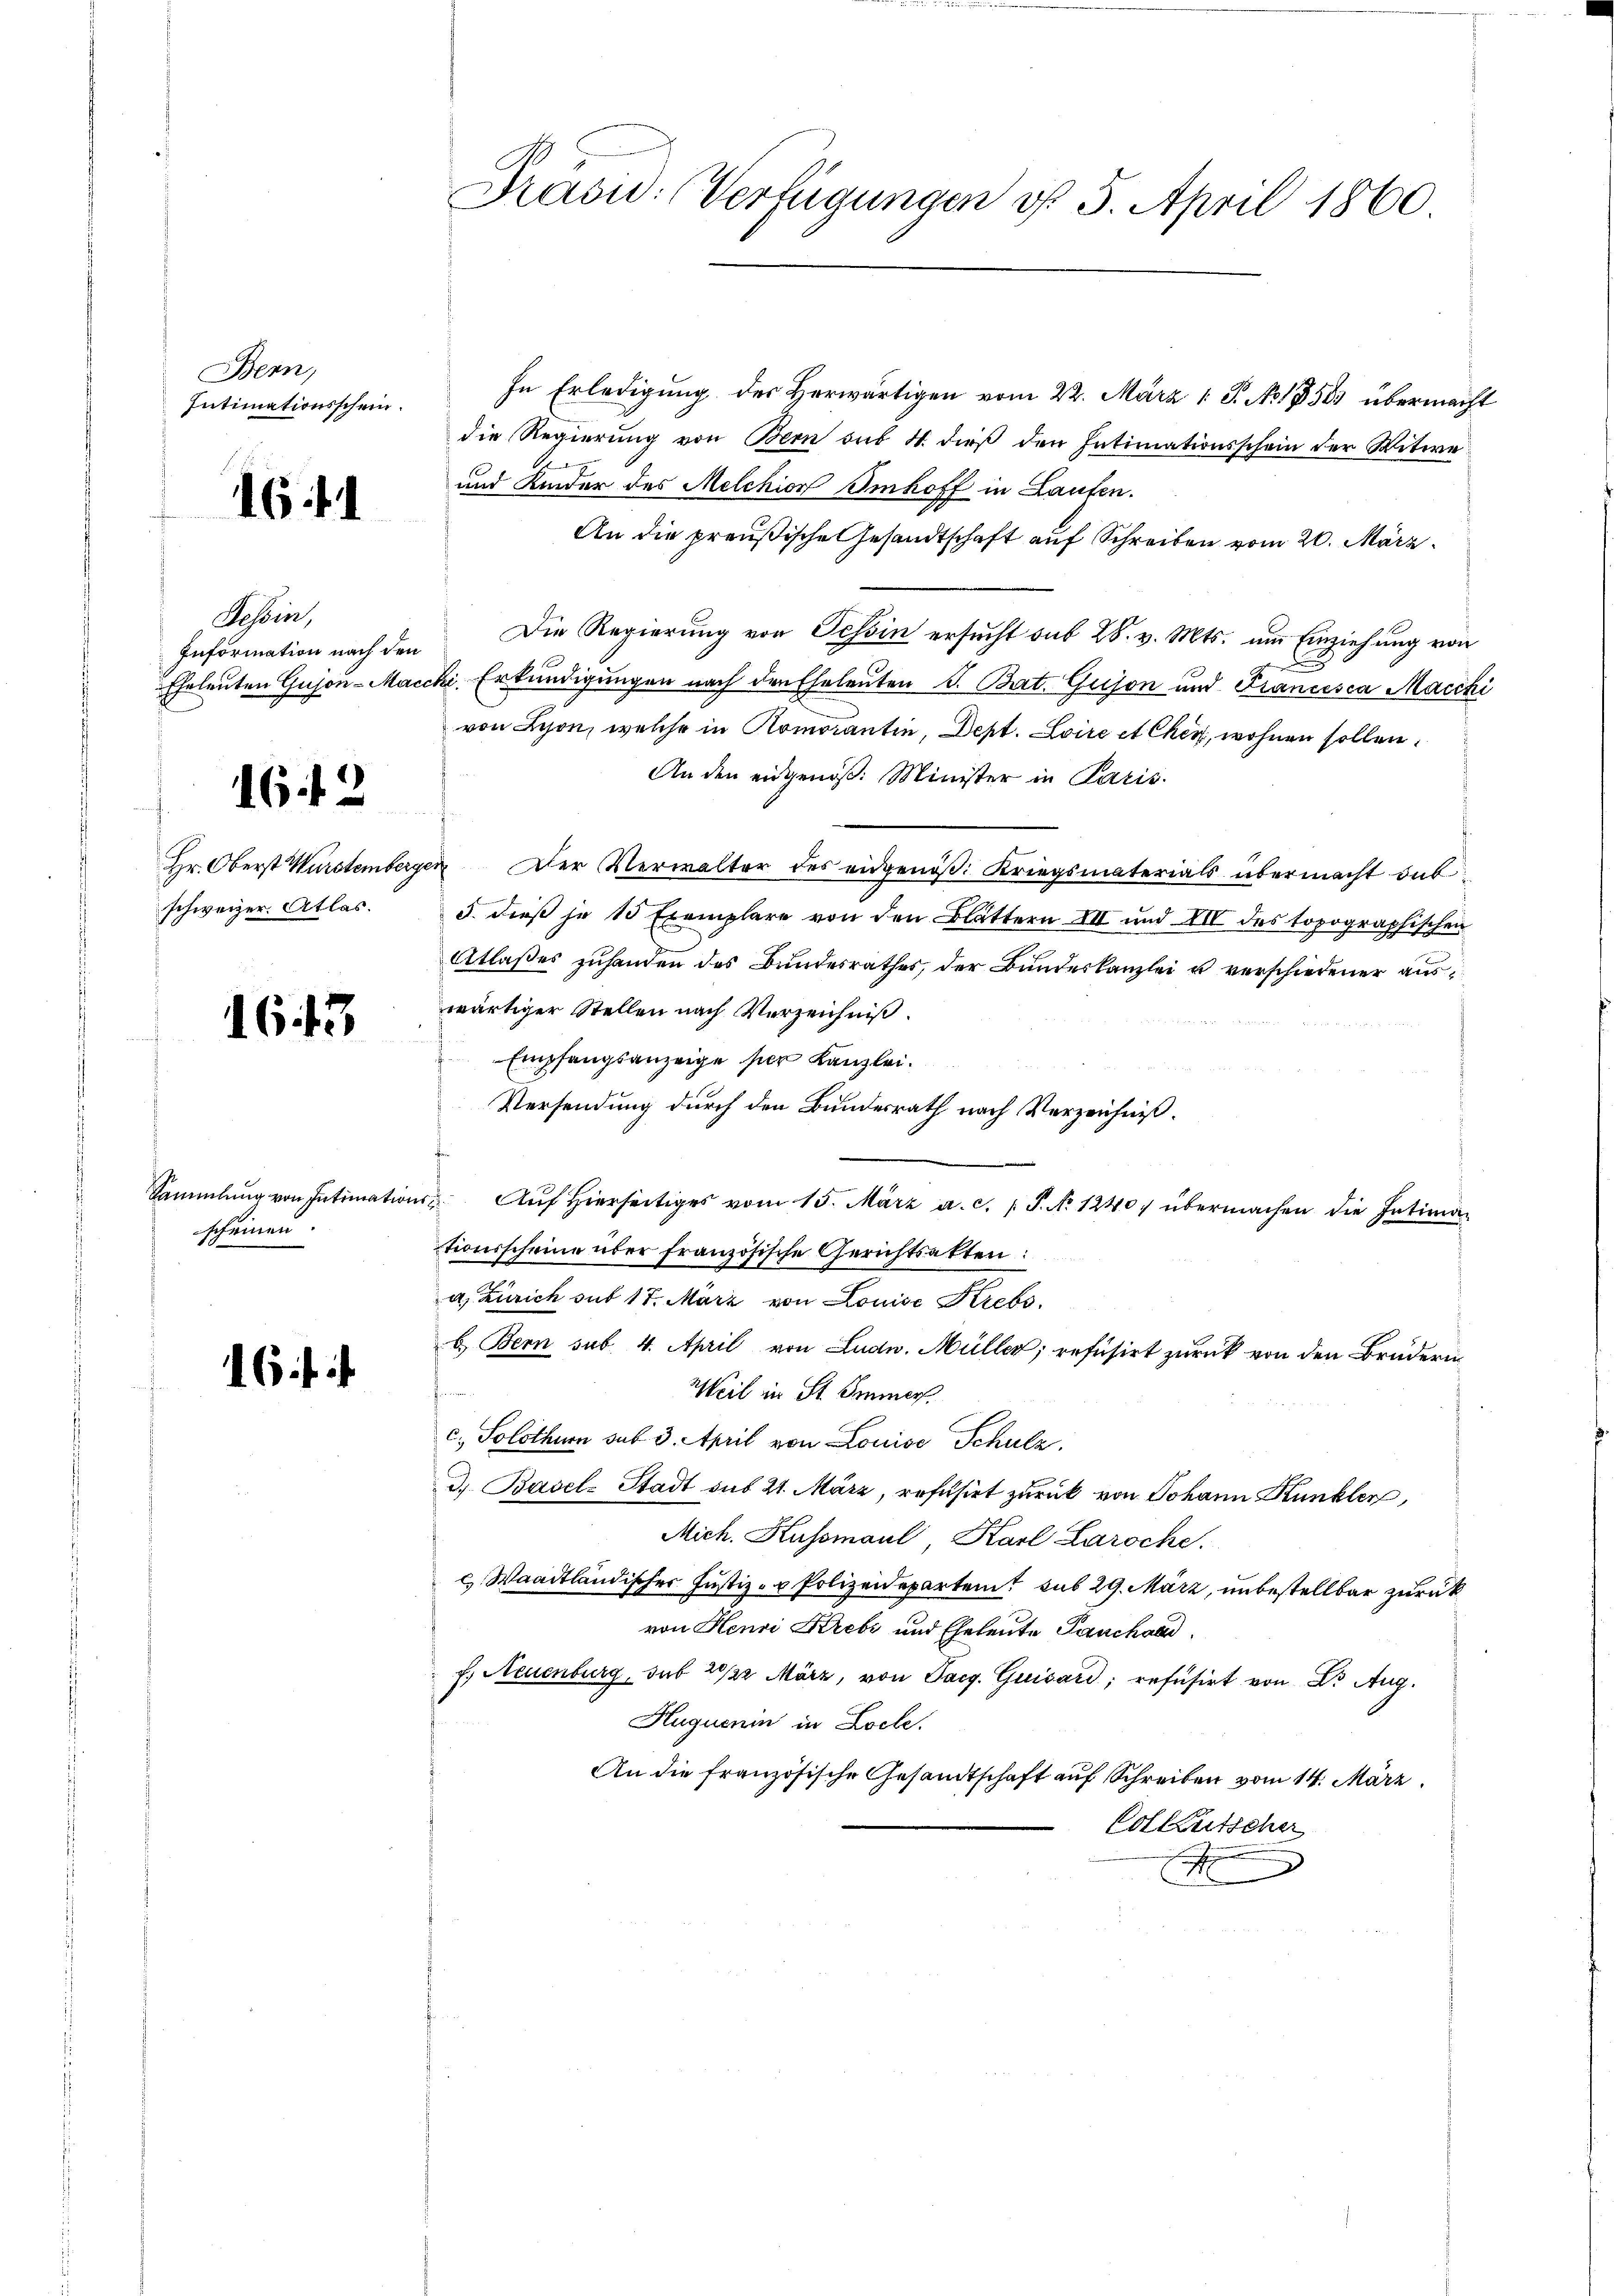
Bern,
Intimationsschein.

164

Tessin,
Information nach den
Eheleuten Guson-Mac

16 f 2

Hr. Oberst Würstemberg
schweizer. Atlas.

1643

Sammlung von Intimation
scheinen.

16 f.

Präsid. Verfügungen d. 5. April 1860

In Erledigung des Herwärtigen vom 22. März 1 S. No. 1858 übermacht
die Regierung von Bern sub 4. dieß den Intimationsschein der Witwe¬
und Kinder des Melchion Imhoff in Laufen.
An die preußische Gesandtschaft auf Schreiben vom 20. März
Die Regierung von Tessin ersucht sub 28. v. Mts. um Einziehung von
C
cchi, Erkundigungen nach den Eheleuten S. Bat. Guison und Francesca Maccki
von Lyon, welche in Komorantin, Dept. Loire et Cher, wohnen sollen.
An den eidgenöß: Minister in Paris.
en Der Verwalter des eidgenöβ: Kriegsmaterials übermacht das
5. dieß je 10 Exemplare von den Blättern III und III des topographischen
Atlaßes zuhanden des Bundesrathes, der Bundeskanzlei u verschiedener aus
wärtiger Stellen nach Verzeichniß.
 Empfangsanzeige per Kanzlei.
Versendung durch den Bundesrath nach Verzeichniß.
 Aŭf Hierseitiges vom 15. März a. c. P. No 1240 übermachen die Intima-
tionsscheine über französische Gerichtsatten:
a. Zürich sub 17. März von Louise Krebs,
b. Bern sub. 4. April von Ludw. Müller, refusirt zurück von den Bruderin¬
Weil in St. Immer
c. Solothur sub 3. April von Louise Schulz
3. Basel-Stadt sub 21. März, refusirt zurück von Johann Kunkler
Mich. Kussmaul, Karl Laroche.
c. Waadtländischer Justiz- & Polizeidepartem sub 29. März, unbestellbar zurück
von Henri Krebs und Eheleute Panchard
f. Neuenburg, sub 20/22 März, von Jacg. Quisard, refusirt von Dr. Aug.
Huguenin in Loche.
An die französische Gesandtschaft auf Schreiben vom 14. März
Colkutscher
f